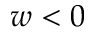
w < 0